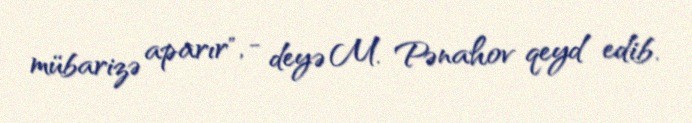
mübarizə aparır", - deyə M. Pənahov qeyd edib.